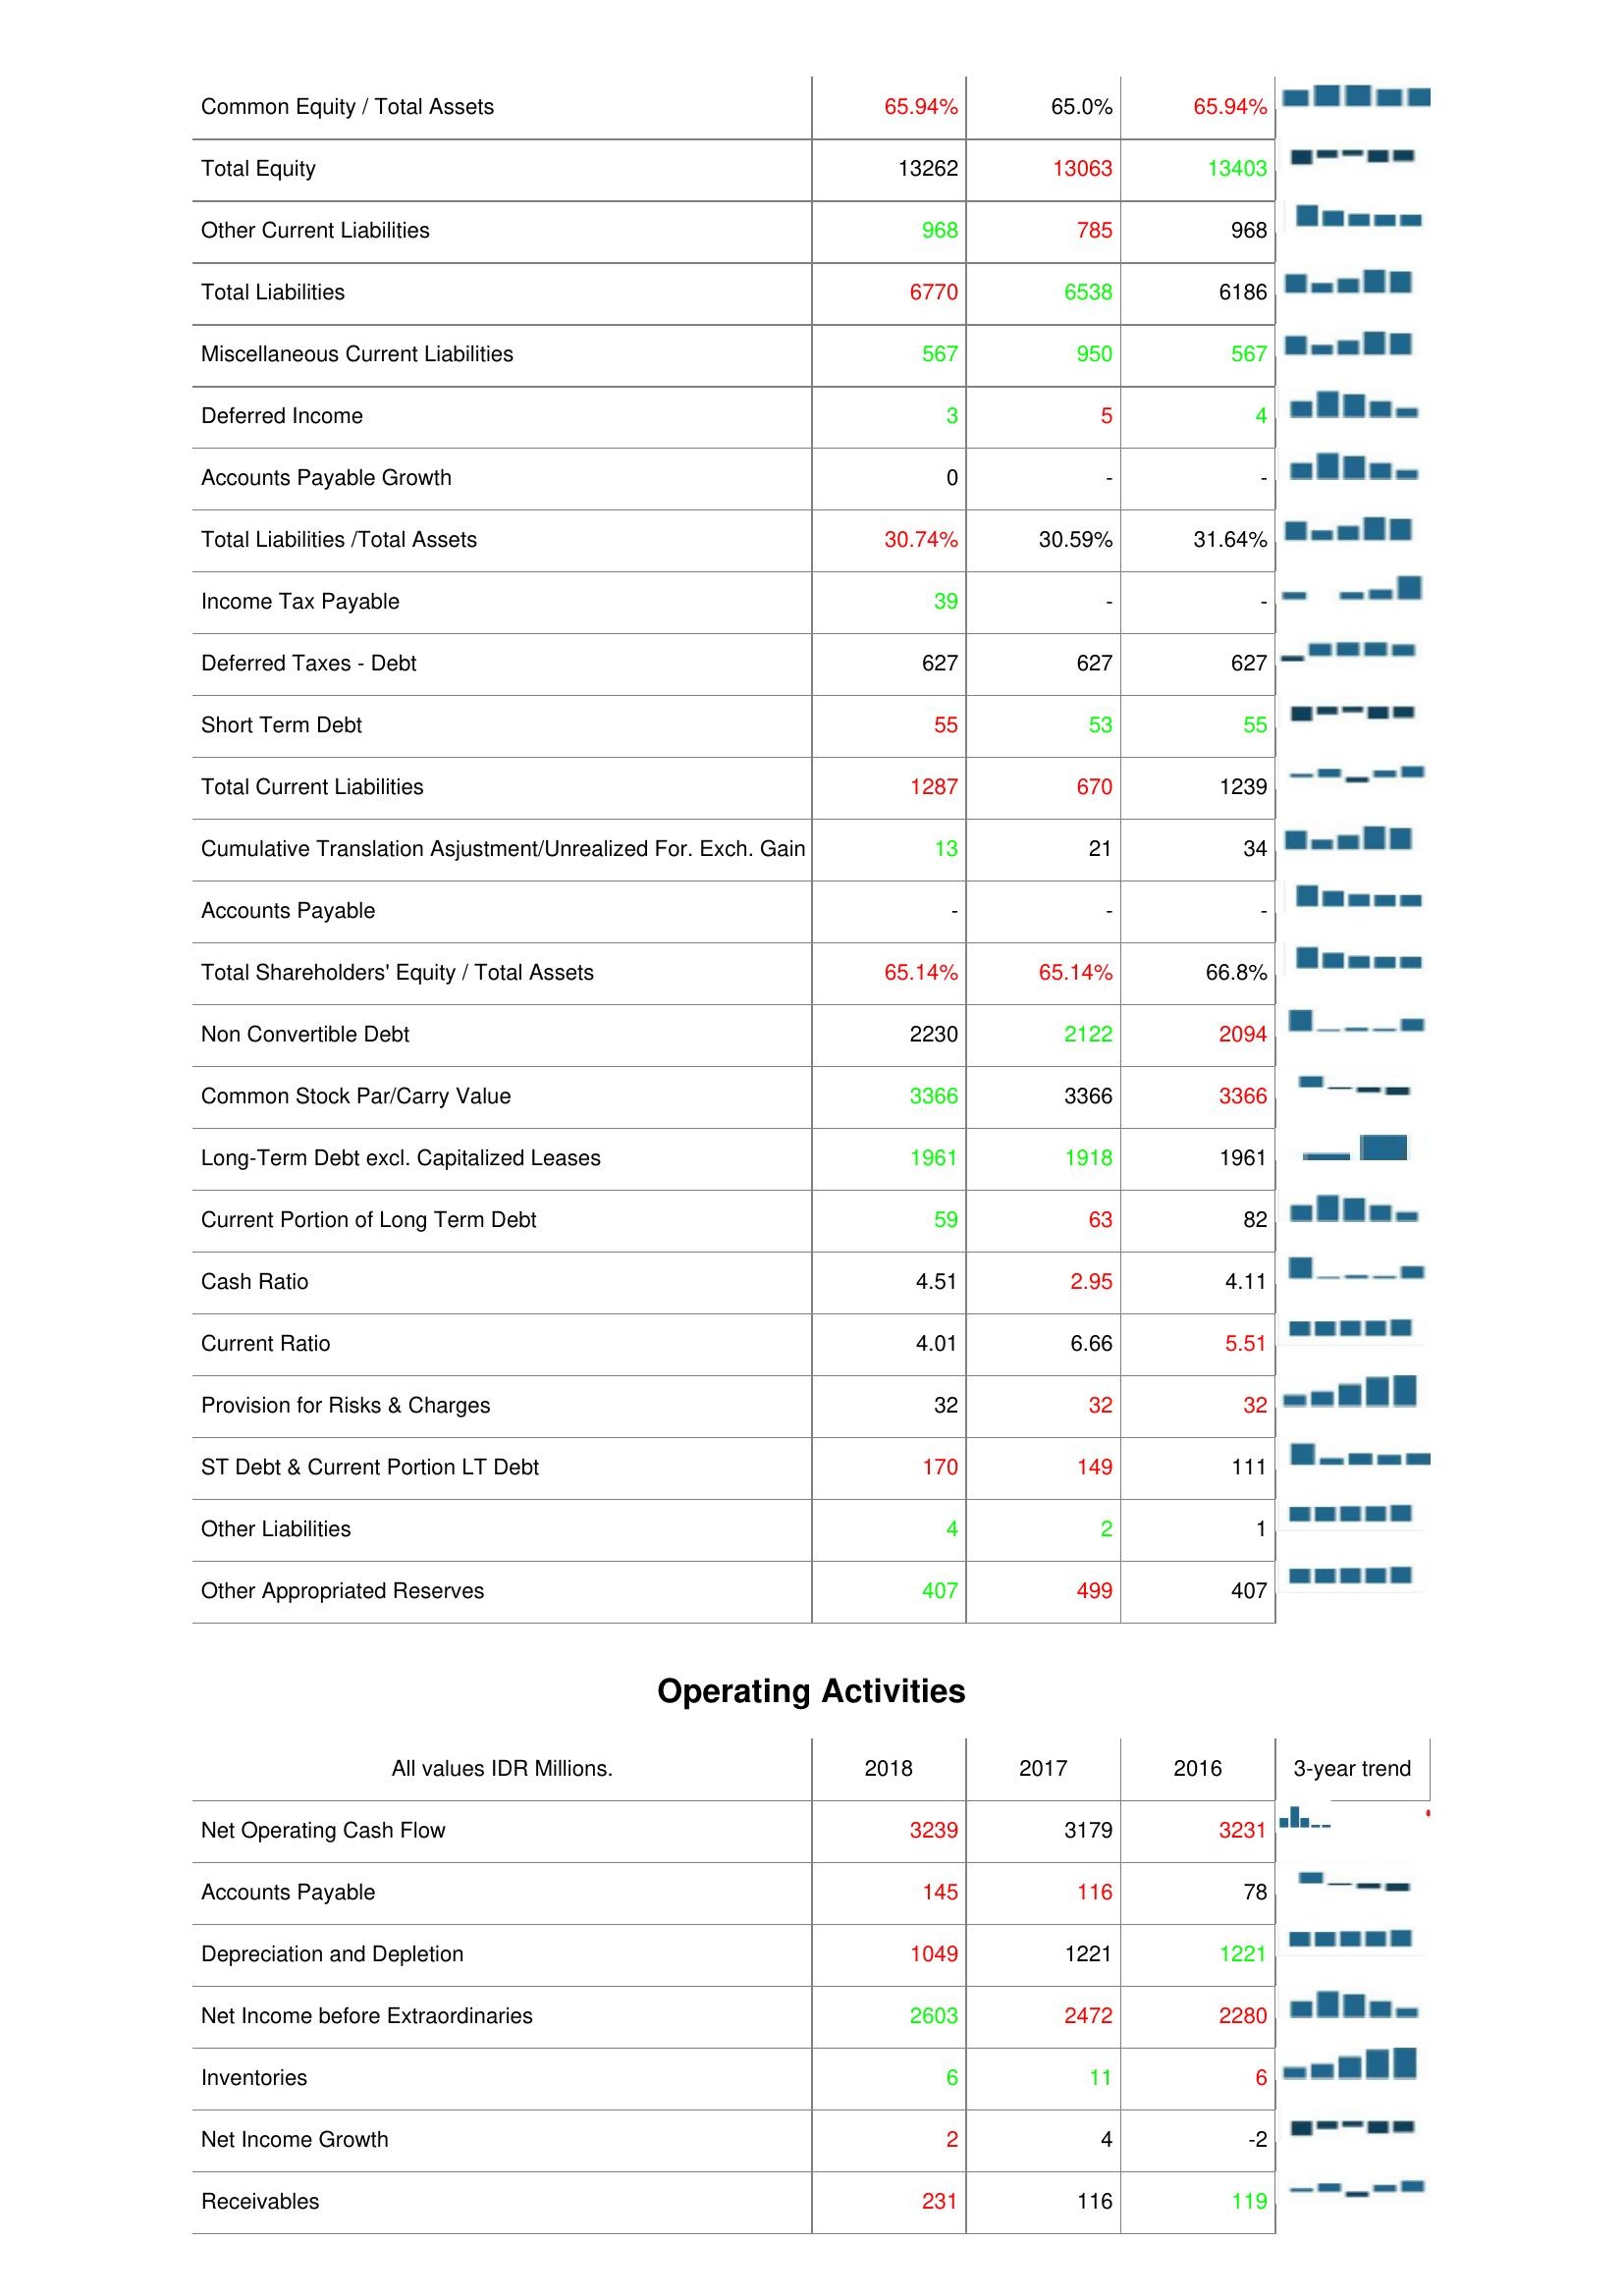
2018: Liabilities & Shareholder's Equity: Common Equity / Total Assets: 65.94%
Total Equity: 13262
Other Current Liabilities: 968
Total Liabilities: 6770
Miscellaneous Current Liabilities: 567
Deferred Income: 3
Accounts Payable Growth: 0
Total Liabilities /Total Assets: 30.74%
Income Tax Payable: 39
Deferred Taxes - Debt: 627
Short Term Debt: 55
Total Current Liabilities: 1287
Cumulative Translation Asjustment/Unrealized For. Exch. Gain: 13
Accounts Payable: -
Total Shareholders' Equity / Total Assets: 65.14%
Non Convertible Debt: 2230
Common Stock Par/Carry Value: 3366
Long-Term Debt excl. Capitalized Leases: 1961
Current Portion of Long Term Debt: 59
Cash Ratio: 4.51
Current Ratio: 4.01
Provision for Risks & Charges: 32
ST Debt & Current Portion LT Debt: 170
Other Liabilities: 4
Other Appropriated Reserves: 407
Operating Activities: Net Operating Cash Flow: 3239
Accounts Payable: 145
Depreciation and Depletion: 1049
Net Income before Extraordinaries: 2603
Inventories: 6
Net Income Growth: 2
Receivables: 231
2017: Liabilities & Shareholder's Equity: Common Equity / Total Assets: 65.0%
Total Equity: 13063
Other Current Liabilities: 785
Total Liabilities: 6538
Miscellaneous Current Liabilities: 950
Deferred Income: 5
Accounts Payable Growth: -
Total Liabilities /Total Assets: 30.59%
Income Tax Payable: -
Deferred Taxes - Debt: 627
Short Term Debt: 53
Total Current Liabilities: 670
Cumulative Translation Asjustment/Unrealized For. Exch. Gain: 21
Accounts Payable: -
Total Shareholders' Equity / Total Assets: 65.14%
Non Convertible Debt: 2122
Common Stock Par/Carry Value: 3366
Long-Term Debt excl. Capitalized Leases: 1918
Current Portion of Long Term Debt: 63
Cash Ratio: 2.95
Current Ratio: 6.66
Provision for Risks & Charges: 32
ST Debt & Current Portion LT Debt: 149
Other Liabilities: 2
Other Appropriated Reserves: 499
Operating Activities: Net Operating Cash Flow: 3179
Accounts Payable: 116
Depreciation and Depletion: 1221
Net Income before Extraordinaries: 2472
Inventories: 11
Net Income Growth: 4
Receivables: 116
2016: Liabilities & Shareholder's Equity: Common Equity / Total Assets: 65.94%
Total Equity: 13403
Other Current Liabilities: 968
Total Liabilities: 6186
Miscellaneous Current Liabilities: 567
Deferred Income: 4
Accounts Payable Growth: -
Total Liabilities /Total Assets: 31.64%
Income Tax Payable: -
Deferred Taxes - Debt: 627
Short Term Debt: 55
Total Current Liabilities: 1239
Cumulative Translation Asjustment/Unrealized For. Exch. Gain: 34
Accounts Payable: -
Total Shareholders' Equity / Total Assets: 66.8%
Non Convertible Debt: 2094
Common Stock Par/Carry Value: 3366
Long-Term Debt excl. Capitalized Leases: 1961
Current Portion of Long Term Debt: 82
Cash Ratio: 4.11
Current Ratio: 5.51
Provision for Risks & Charges: 32
ST Debt & Current Portion LT Debt: 111
Other Liabilities: 1
Other Appropriated Reserves: 407
Operating Activities: Net Operating Cash Flow: 3231
Accounts Payable: 78
Depreciation and Depletion: 1221
Net Income before Extraordinaries: 2280
Inventories: 6
Net Income Growth: -2
Receivables: 119